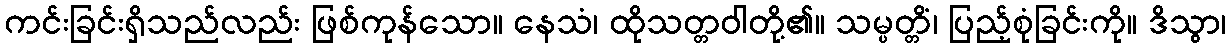
ကင်းခြင်းရှိသည်လည်း ဖြစ်ကုန်သော။ နေသံ၊ ထိုသတ္တဝါတို့၏။ သမ္ပတ္တိံ၊ ပြည့်စုံခြင်းကို။ ဒိသွာ၊